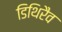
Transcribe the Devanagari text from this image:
डिथिरैव